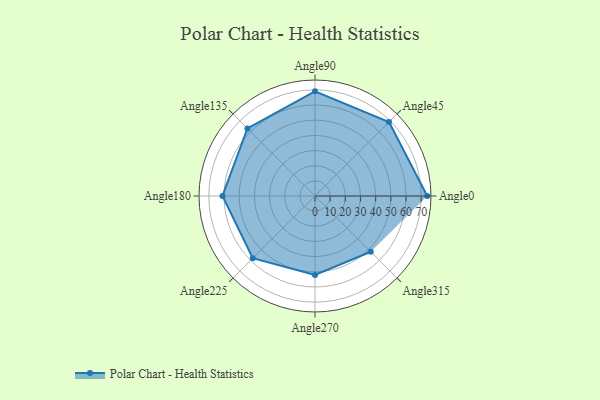
{"axis": {"x": "Angle", "y": "Radius"}, "legend": [""], "data": [{"x": "Angle0", "y": 74.0, "type": ""}, {"x": "Angle45", "y": 69.0, "type": ""}, {"x": "Angle90", "y": 69.0, "type": ""}, {"x": "Angle135", "y": 63.0, "type": ""}, {"x": "Angle180", "y": 61.0, "type": ""}, {"x": "Angle225", "y": 58.0, "type": ""}, {"x": "Angle270", "y": 52.0, "type": ""}, {"x": "Angle315", "y": 52.0, "type": ""}]}